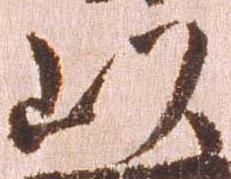
以